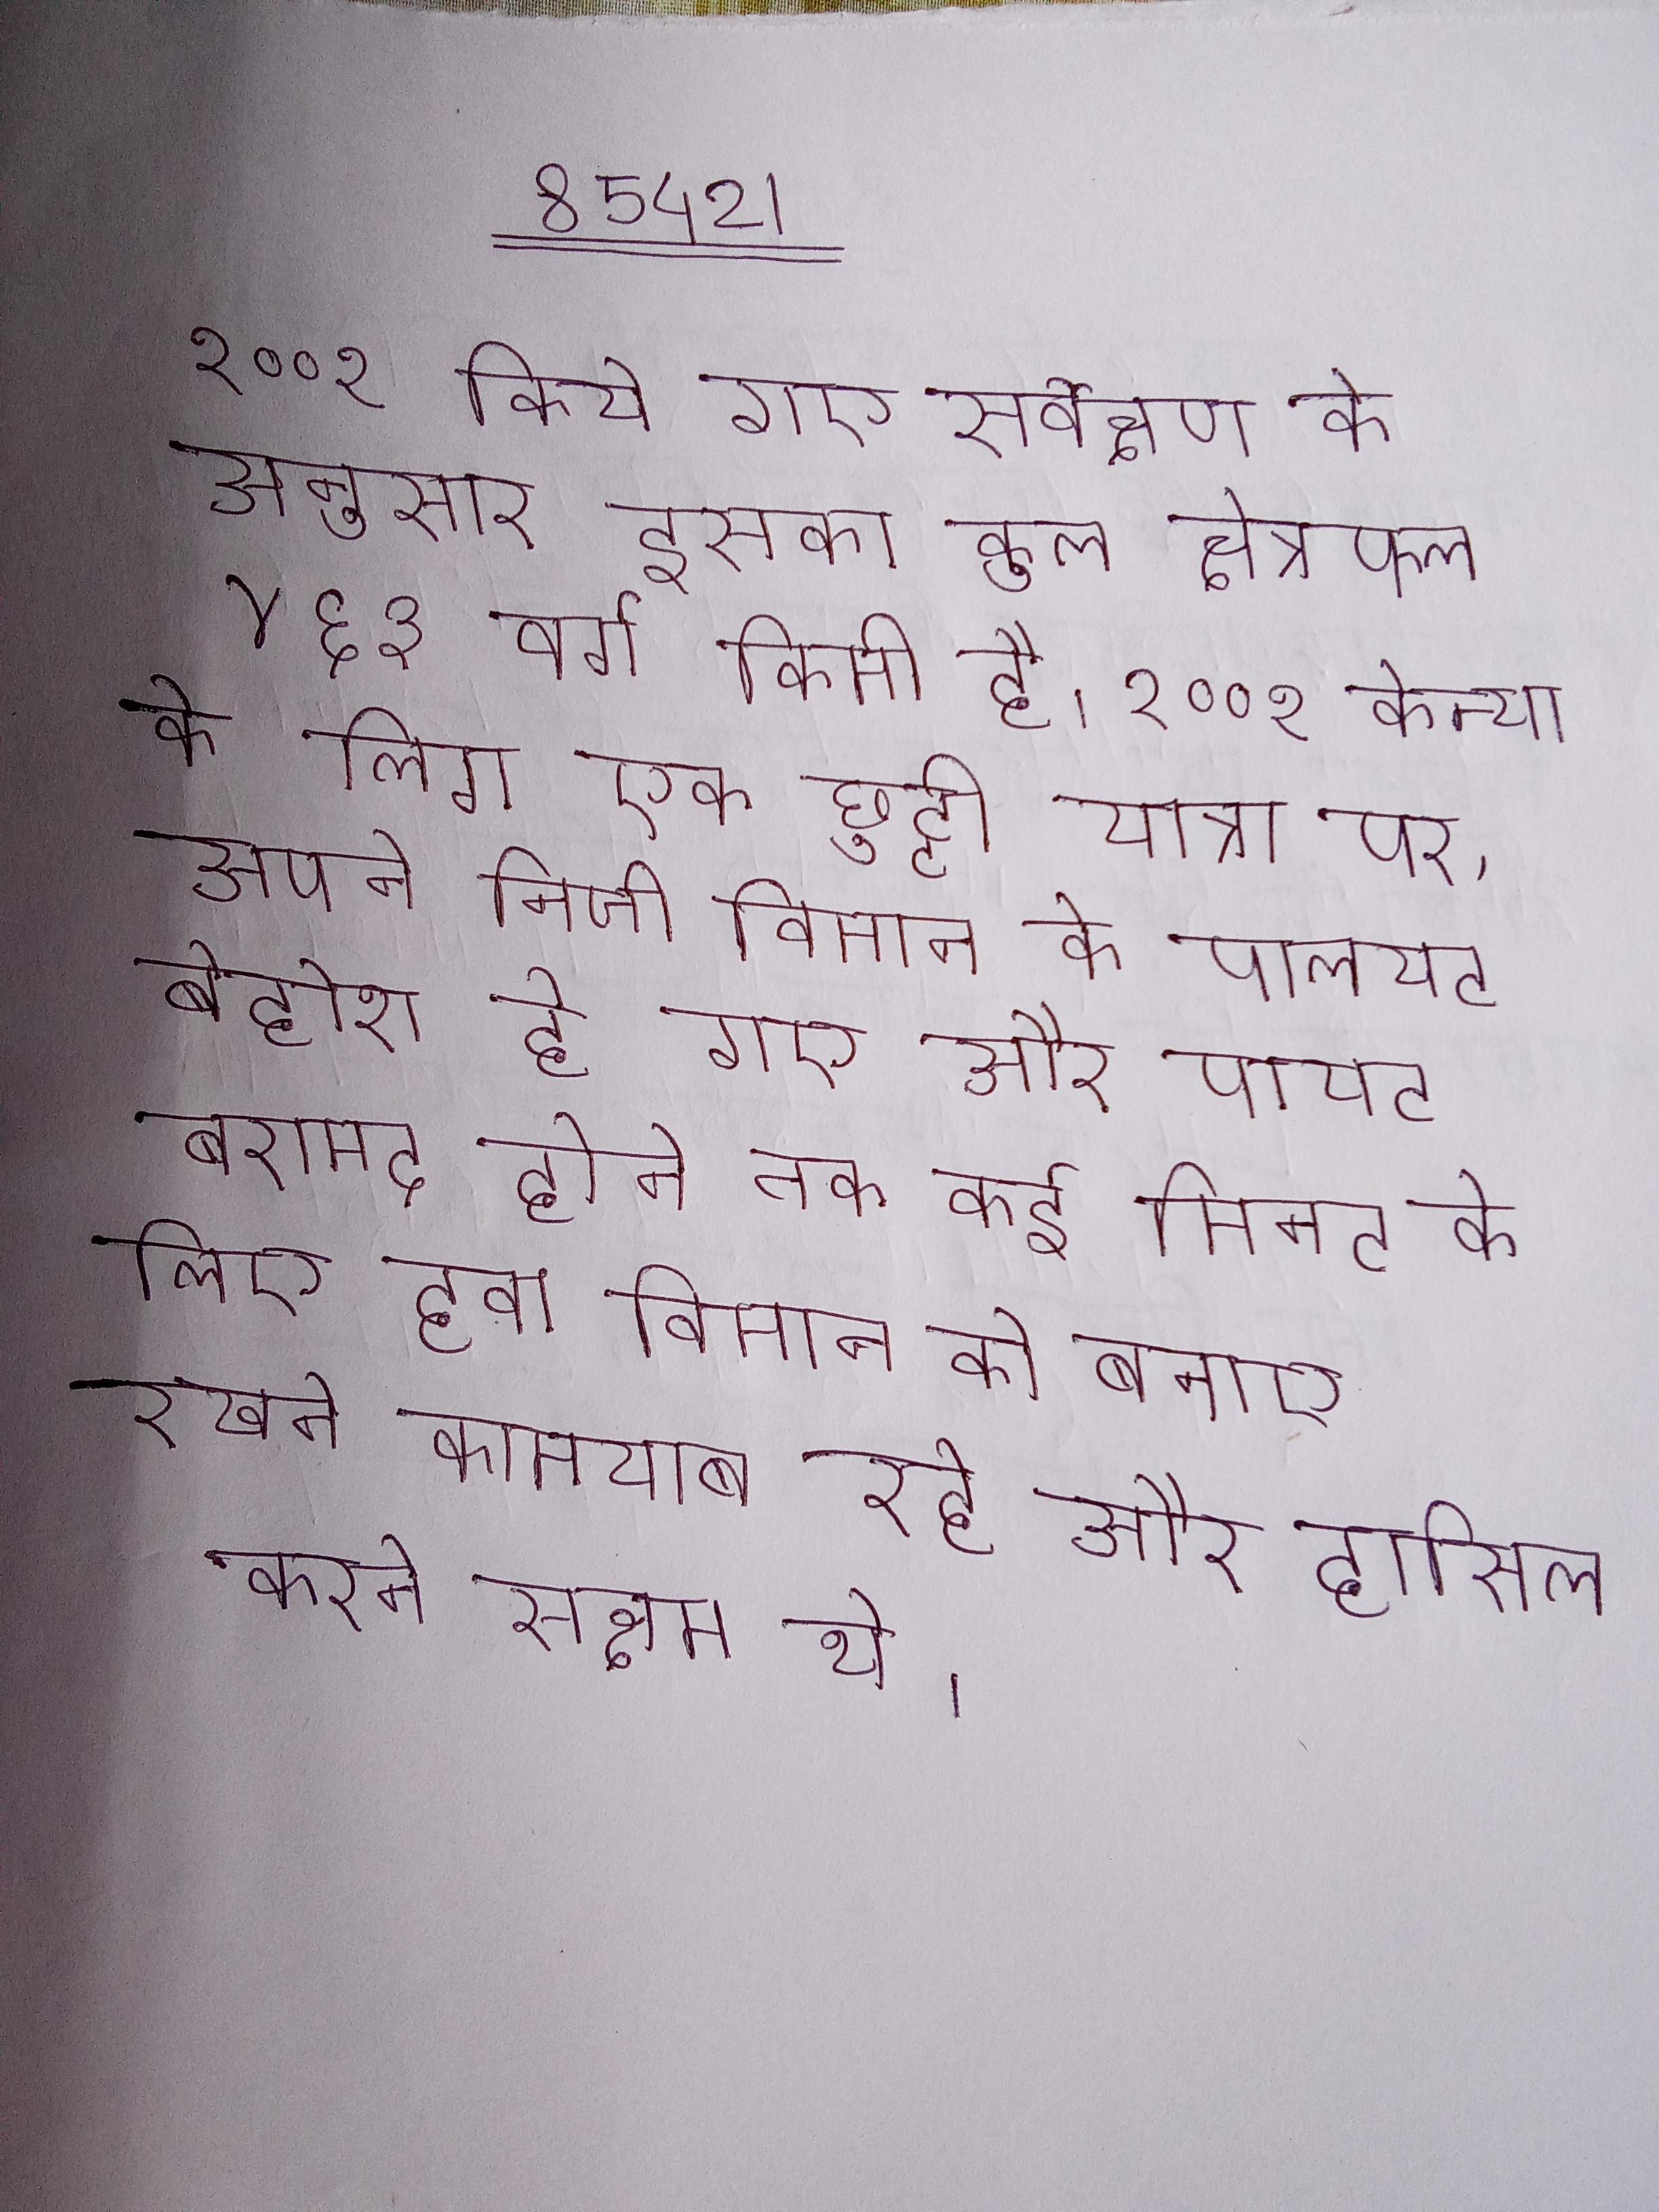
२००१ किये गए सर्वेक्षण के अनुसार इसका कुल क्षेत्रफल ४६३ वर्ग किमी है । २००१ केन्या के लिए एक छुट्टी यात्रा पर, अपने निजी विमान के पायलट बेहोश हो गए और पायलट बरामद होने तक कई मिनट के लिए हवा विमान को बनाए रखने कामयाब रहे और हासिल करने सक्षम थे ।